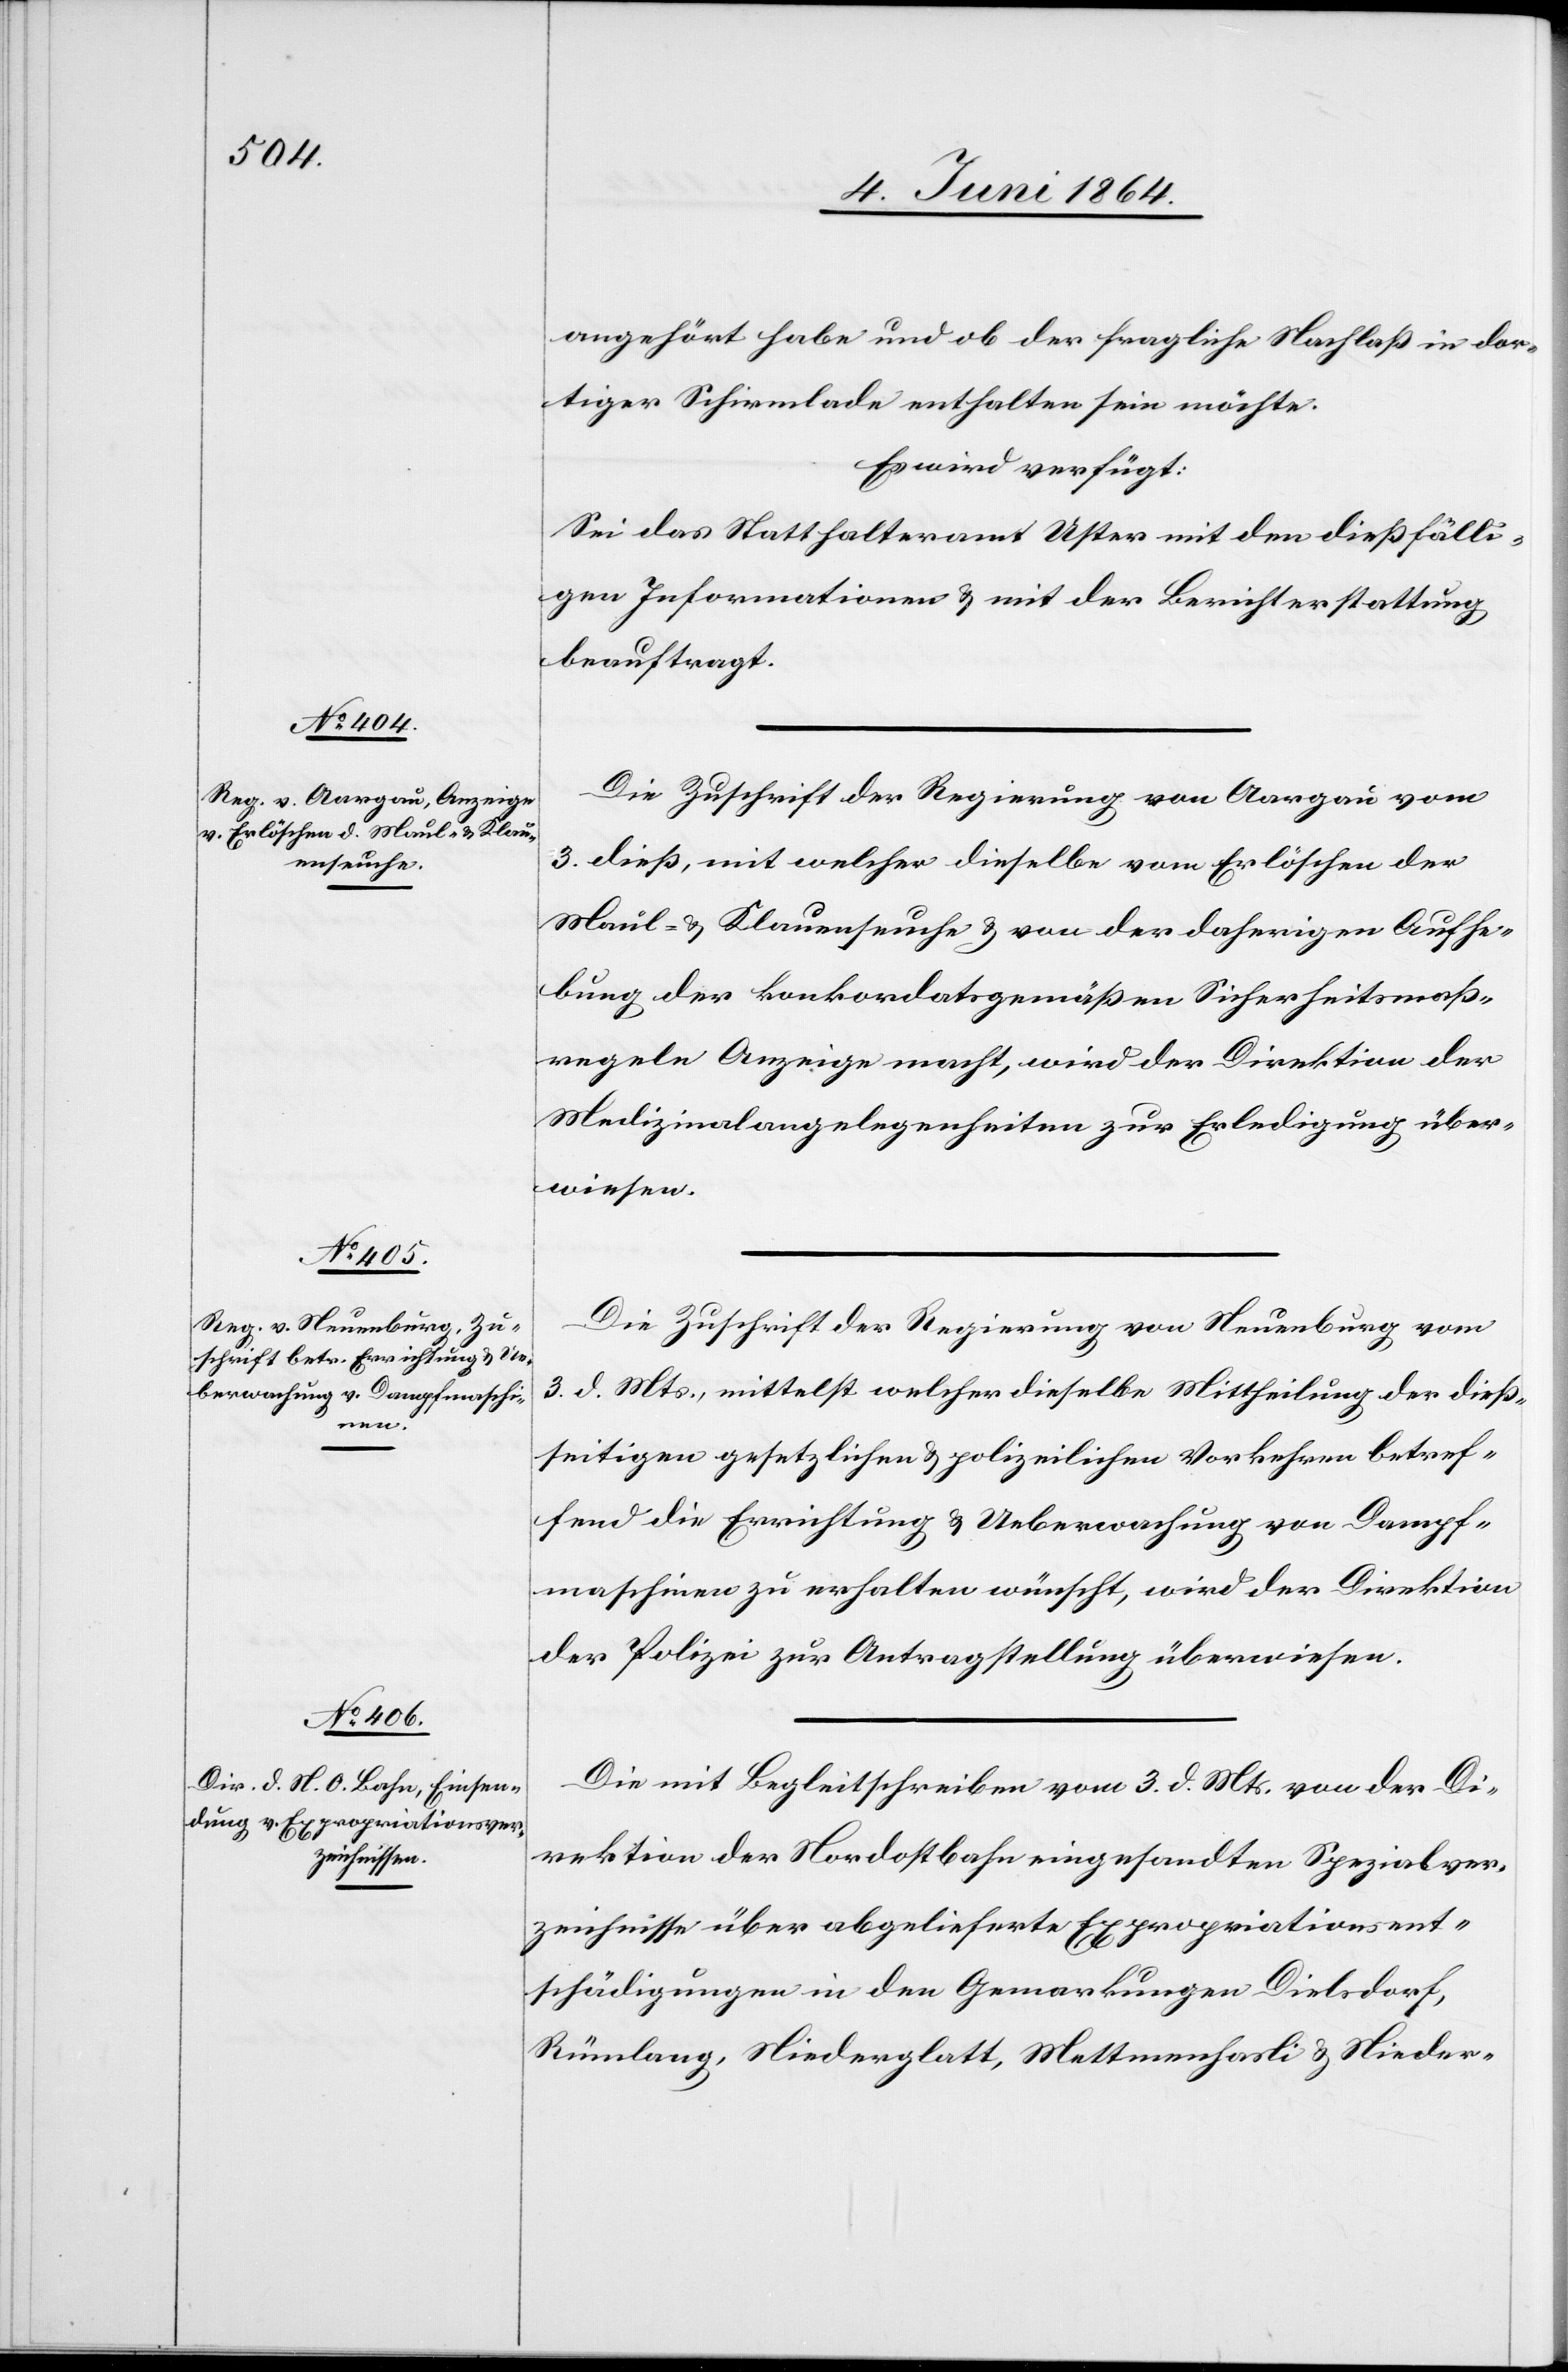
5. Juni 1864.]
angehört habe und ob der fragliche Nachlaß in dor¬
tiger Schirmlade enthalten sein möchte.
Es wird verfügt:
Sei das Statthalteramt Uster mit den dießfälli¬
gen Informationen u. mit der Berichterstattung
beauftragt.
Die Zuschrift der Regierung von Aargau vom
3. dieß, mit welcher dieselbe vom Erlöschen der
Maul- u. Klauenseuche u. von der daherigen Aufhe¬
bung der konkordatsgemäßen Sicherheitsmaß¬
regeln Anzeige macht, wird der Direktion der
Medizinalangelegenheiten zur Erledigung über¬
wiesen.
Die Zuschrift der Regierung von Neuenburg vom
3. d. Mts., mittelst welcher dieselbe Mittheilung der dieß¬
seitigen gesetzlichen u. polizeilichen Vorkehren betref¬
fend die Errichtung u. Ueberwachung von Dampf¬
maschinen zu erhalten wünscht, wird der Direktion
der Polizei zur Antragstellung überwiesen.
Die mit Begleitschreiben vom 3. d. Mts. von der Di¬
rektion der Nordostbahn eingesandten Spezialver¬
zeichnisse über abgelieferte Expropriationsent¬
schädigungen in den Gemarkungen Dielsdorf,
Rümlang, Niederglatt, Mettmenhasli u. Nieder-